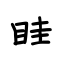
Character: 眭